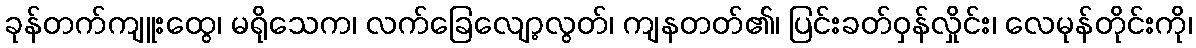
ခုန်တက်ကျူးထွေ၊ မရိုသေက၊ လက်ခြေလျော့လွတ်၊ ကျနတတ်၏၊ ပြင်းခတ်ဝှန်လှိုင်း၊ လေမုန်တိုင်းကို၊